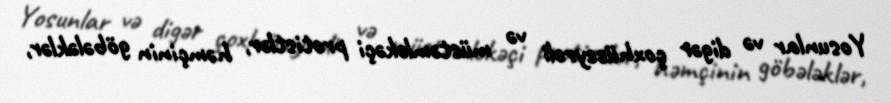
Yosunlar və digər çoxhüceyrəli və müstəmləkəçi protistlər, həmçinin göbələklər,